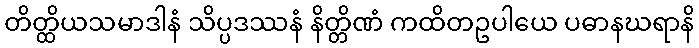
တိတ္ထိယသမာဒါနံ သိပ္ပဒဿနံ နိတ္တိဏံ ကထိတဥပါယေ ပဓာနဃရာနိ